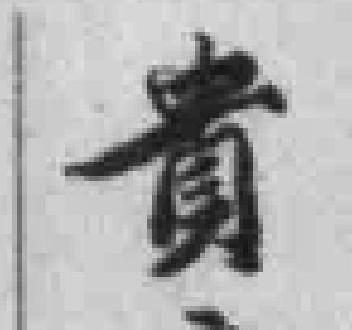
貴